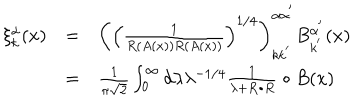
\begin{array} { c c l } { { \xi _ { k } ^ { \alpha } ( x ) } } & { { = } } & { { \left( \left( \frac 1 { R \left( A ( x ) \right) R \left( A ( x ) \right) } \right) ^ { 1 / 4 } \right) _ { k k ^ { ^ { \prime } } } ^ { \alpha \alpha ^ { ^ { \prime } } } B _ { k ^ { ^ { \prime } } } ^ { \alpha ^ { ^ { \prime } } } ( x ) } } \\ { { } } & { { = } } & { { \frac 1 { \pi \sqrt { 2 } } \int _ { 0 } ^ { \infty } d \lambda \lambda ^ { - 1 / 4 } \frac 1 { \lambda + R \bullet R } \bullet B ( x ) } } \\ \end{array}